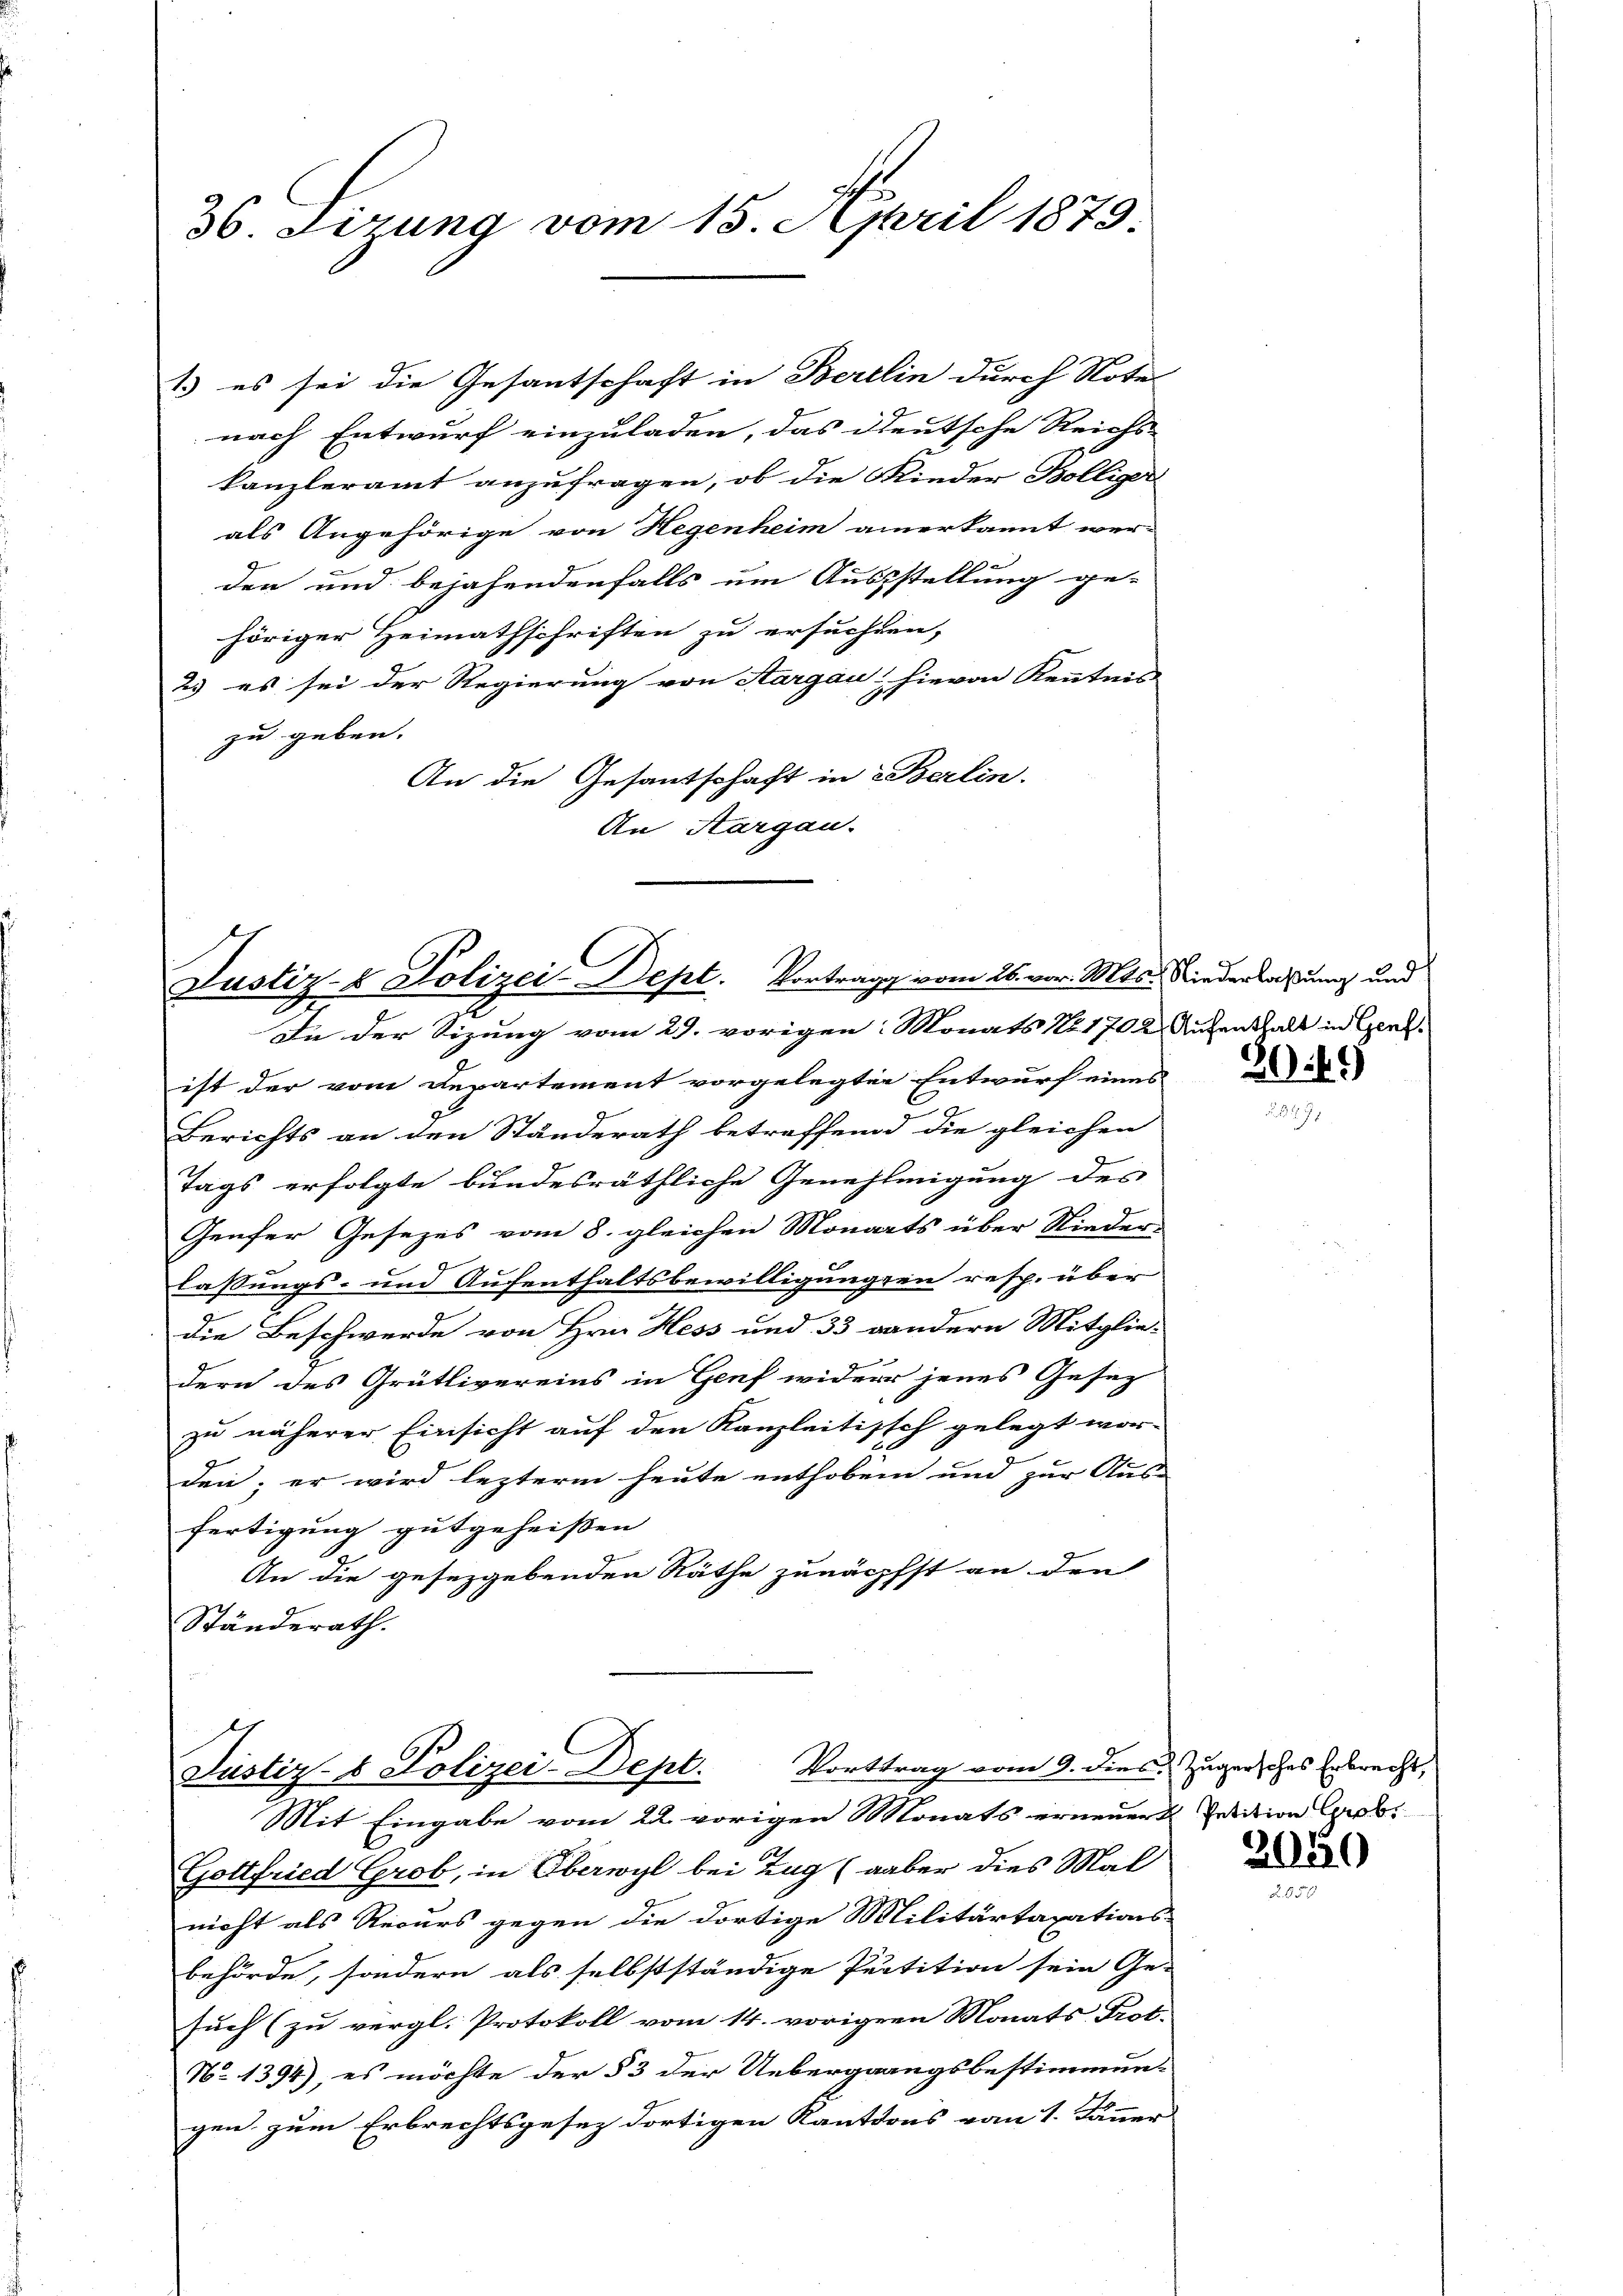
36. Sizung vom 15. April 1879.

nach Entwurf einzuladen, das deutsche Reichs-
kanzleramt anzufragen, ob die Wieder Bolliger
als Angehörige von Hegenheim anerkannt wer-
den und bejahendenfalls um Ausstellung ge-
höriger Heimathschriften zu ersuchern,
2.) es sei der Regierung von Aargau, hievon Kenntnis
zu geben. |
An die Gesantschaft in Berlin.
An Aargau.

1) es sei die Gesantschaft in Berlin durch Note

Justiz- & Polizei-Dept. Vortrag vom 26. vor. Mts. Niederlaßung und
In der Sizung vom 29. vorigen: Monats No 1702 Ruchenthalt in Genf.

ist der vom Departement vorgelegten Entwurf eines
Berichts an den Ständerath betreffend die gleichen
Tags erfolgte bundesräthliche Genehmigung des
Genfer Gesezes vom 8. gleichen Monarts über Nieder-
c
e
lassungs- und Aufenthaltsbewilligungen resp. über
die Beschwerde von Hrn. Hess und 33 andern Mitglie-
dern des Grütlivereins in Genf wider jenes Gesez
zu näherer Einsicht auf den Kanzleitisch gelegt wor-
den; er wird lezterm heute enthoben und zur Aus-
fertigung gutgeheißen
An die gesezgebenden Räthe zunächst an den
Ständerath.

Justiz- & Polizei-Dept. Vorttrag vom 9. dies Zugersches Erbrecht,
Mit Eingabe vom 22. vorigen Monats erneuert Petition Cerob

Gottfried Grob, in Oberwyl bei Zug (aber dies Mal
nicht als Recurs gegen die dortige Militärtaxations-
behörde, sondern als selbstständige Purtition sein Ge-
such (zu vergl. Protokoll vom 14. vorigen Monats Prot.
No 1394), es möchte der § 3 der Uebergangsbestimmungen zum Erbrechtsgesez dortigen Kantons vom 1. Jänner

30. 49

2040